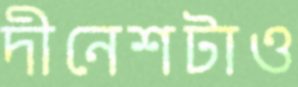
দীনেশটাও